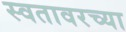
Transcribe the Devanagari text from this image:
स्वतावरच्या